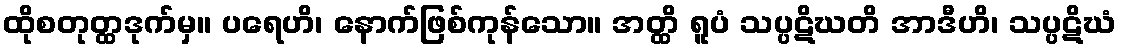
ထိုစတုတ္ထဒုက်မှ။ ပရေဟိ၊ နောက်ဖြစ်ကုန်သော။ အတ္ထိ ရူပံ သပ္ပဋိဃတိ အာဒီဟိ၊ သပ္ပဋိဃံ